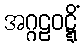
အဂ္ဂဠဝဋ္ဋိံ